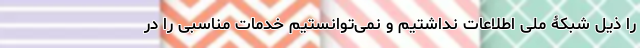
را ذیل شبکۀ ملی اطلاعات نداشتیم و نمی‌توانستیم خدمات مناسبی را در